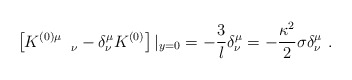
\begin{align*}\left[ K^{(0)\mu}_{\quad\quad\nu} - \delta^\mu_\nu K^{(0)} \right] |_{y=0} = -{3 \over l} \delta^\mu_\nu = - {\kappa^2 \over 2} \sigma \delta^\mu_\nu \ .\end{align*}